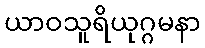
ယာဝသူရိယုဂ္ဂမနာ